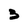
Character: 3